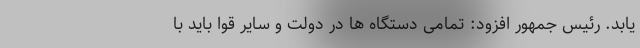
یابد. رئیس جمهور افزود: تمامی دستگاه ها در دولت و سایر قوا باید با